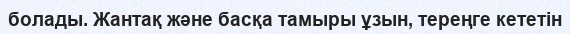
болады. Жантақ және басқа тамыры ұзын, тереңге кететін